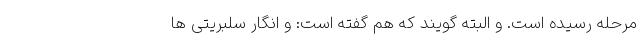
مرحله رسیده است. و البته گویند که هم گفته است: و انگار سلبریتی ها